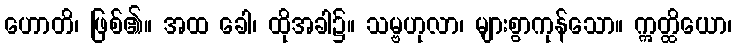
ဟောတိ၊ ဖြစ်၏။ အထ ခေါ၊ ထိုအခါ၌။ သမ္ဗဟုလာ၊ များစွာကုန်သော။ ဣတ္ထိယော၊